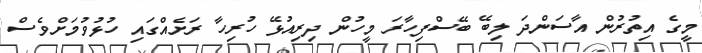
މީގެ އިތުރުން އާސަންދަ ލިބޭ ބޭސްފިހާރަ މީހުން ދިރިއުޅޭ ހުރިހާ ރަށެއްގައި ހުޅުވުމަށްވެސް